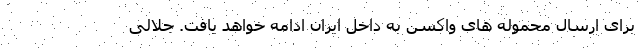
برای ارسال محموله های واکسن به داخل ایران ادامه خواهد یافت. جلالی